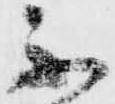
不